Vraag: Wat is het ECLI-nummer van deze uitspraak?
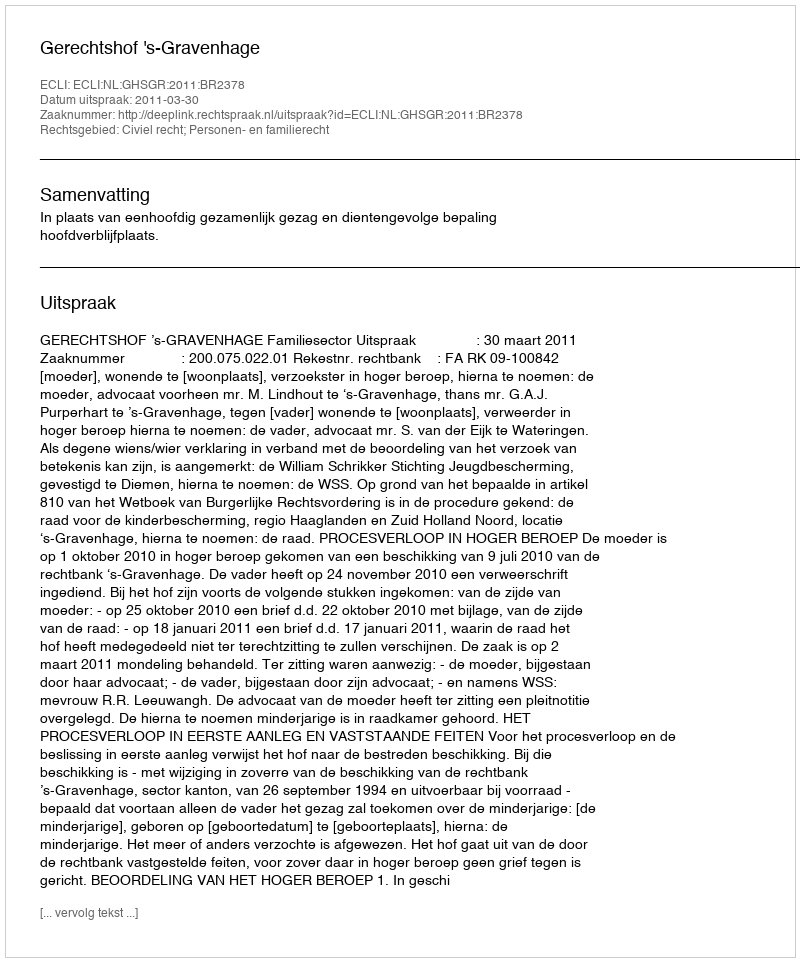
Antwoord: ECLI:NL:GHSGR:2011:BR2378